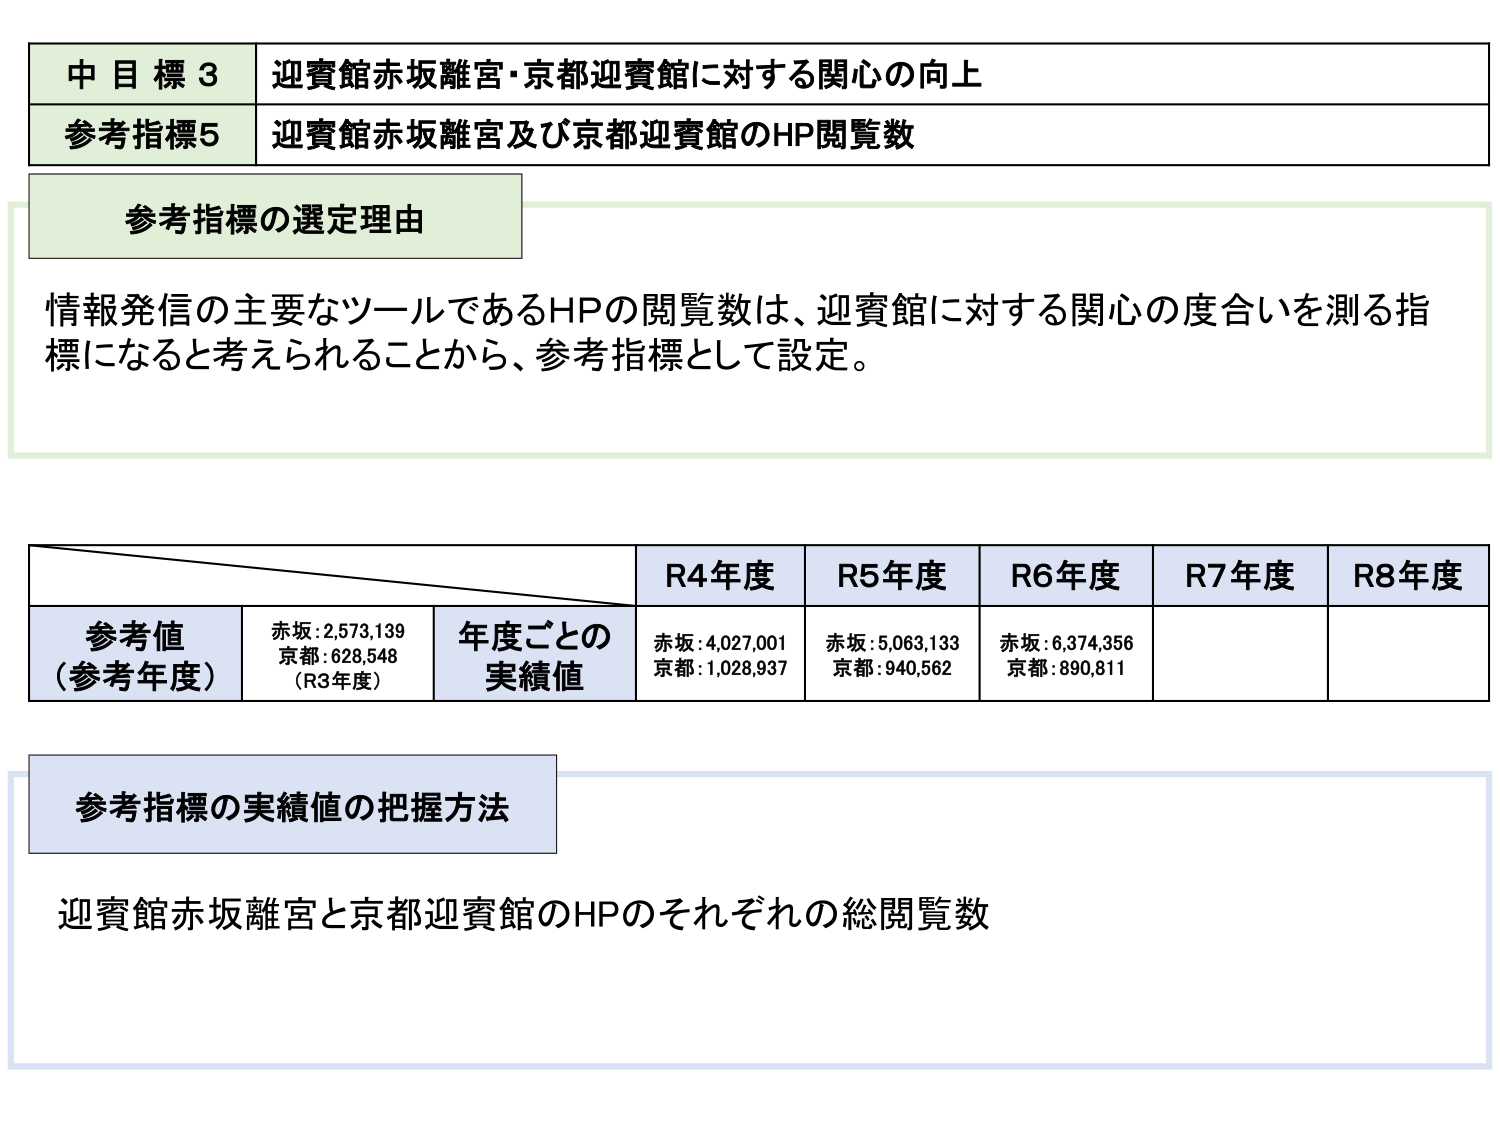
中目標3 迎賓館赤坂離宮・京都迎賓館に対する関心の向上
参考指標5 迎賓館赤坂離宮及び京都迎賓館のHP閲覧数

参考指標の選定理由
情報発信の主要なツールであるHPの閲覧数は、迎賓館に対する関心の度合いを測る指標になると考えられることから、参考指標として設定。

R4年度 R5年度 R6年度 R7年度 R8年度
参考値（参考年度） 赤坂:2,573,139 京都:628,548（R3年度） 年度ごとの実績値 赤坂:4,027,001 京都:1,028,937 赤坂:5,063,133 京都:940,562 赤坂:6,374,356 京都:890,811

参考指標の実績値の把握方法
迎賓館赤坂離宮と京都迎賓館のHPのそれぞれの総閲覧数